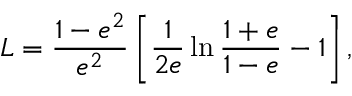
L = \frac { 1 - e ^ { 2 } } { e ^ { 2 } } \left[ \frac { 1 } { 2 e } \ln \frac { 1 + e } { 1 - e } - 1 \right] ,